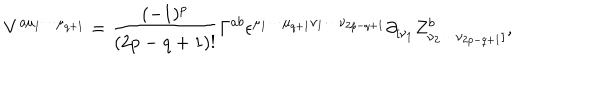
V ^ { a { \mu } _ { 1 } { \cdots } { \mu } _ { q + 1 } } = \frac { ( - 1 ) ^ { p } } { ( 2 p - q + 1 ) ! } { \Gamma } ^ { a b } { \epsilon } ^ { { \mu } _ { 1 } { \cdots } { \mu } _ { q + 1 } { \nu } _ { 1 } { \cdots } { \nu } _ { 2 p - q + 1 } } { \partial } _ { [ { \nu } _ { 1 } } Z _ { { \nu } _ { 2 } { \cdots } { \nu } _ { 2 p - q + 1 } ] } ^ { b } ,